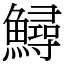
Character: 鱘